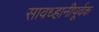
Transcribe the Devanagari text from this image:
सावध्हानीपूर्वक